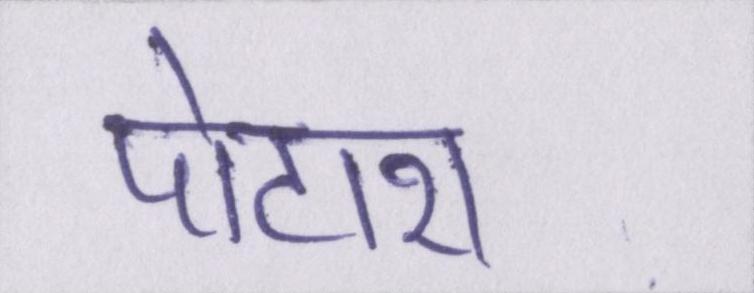
पोटाश